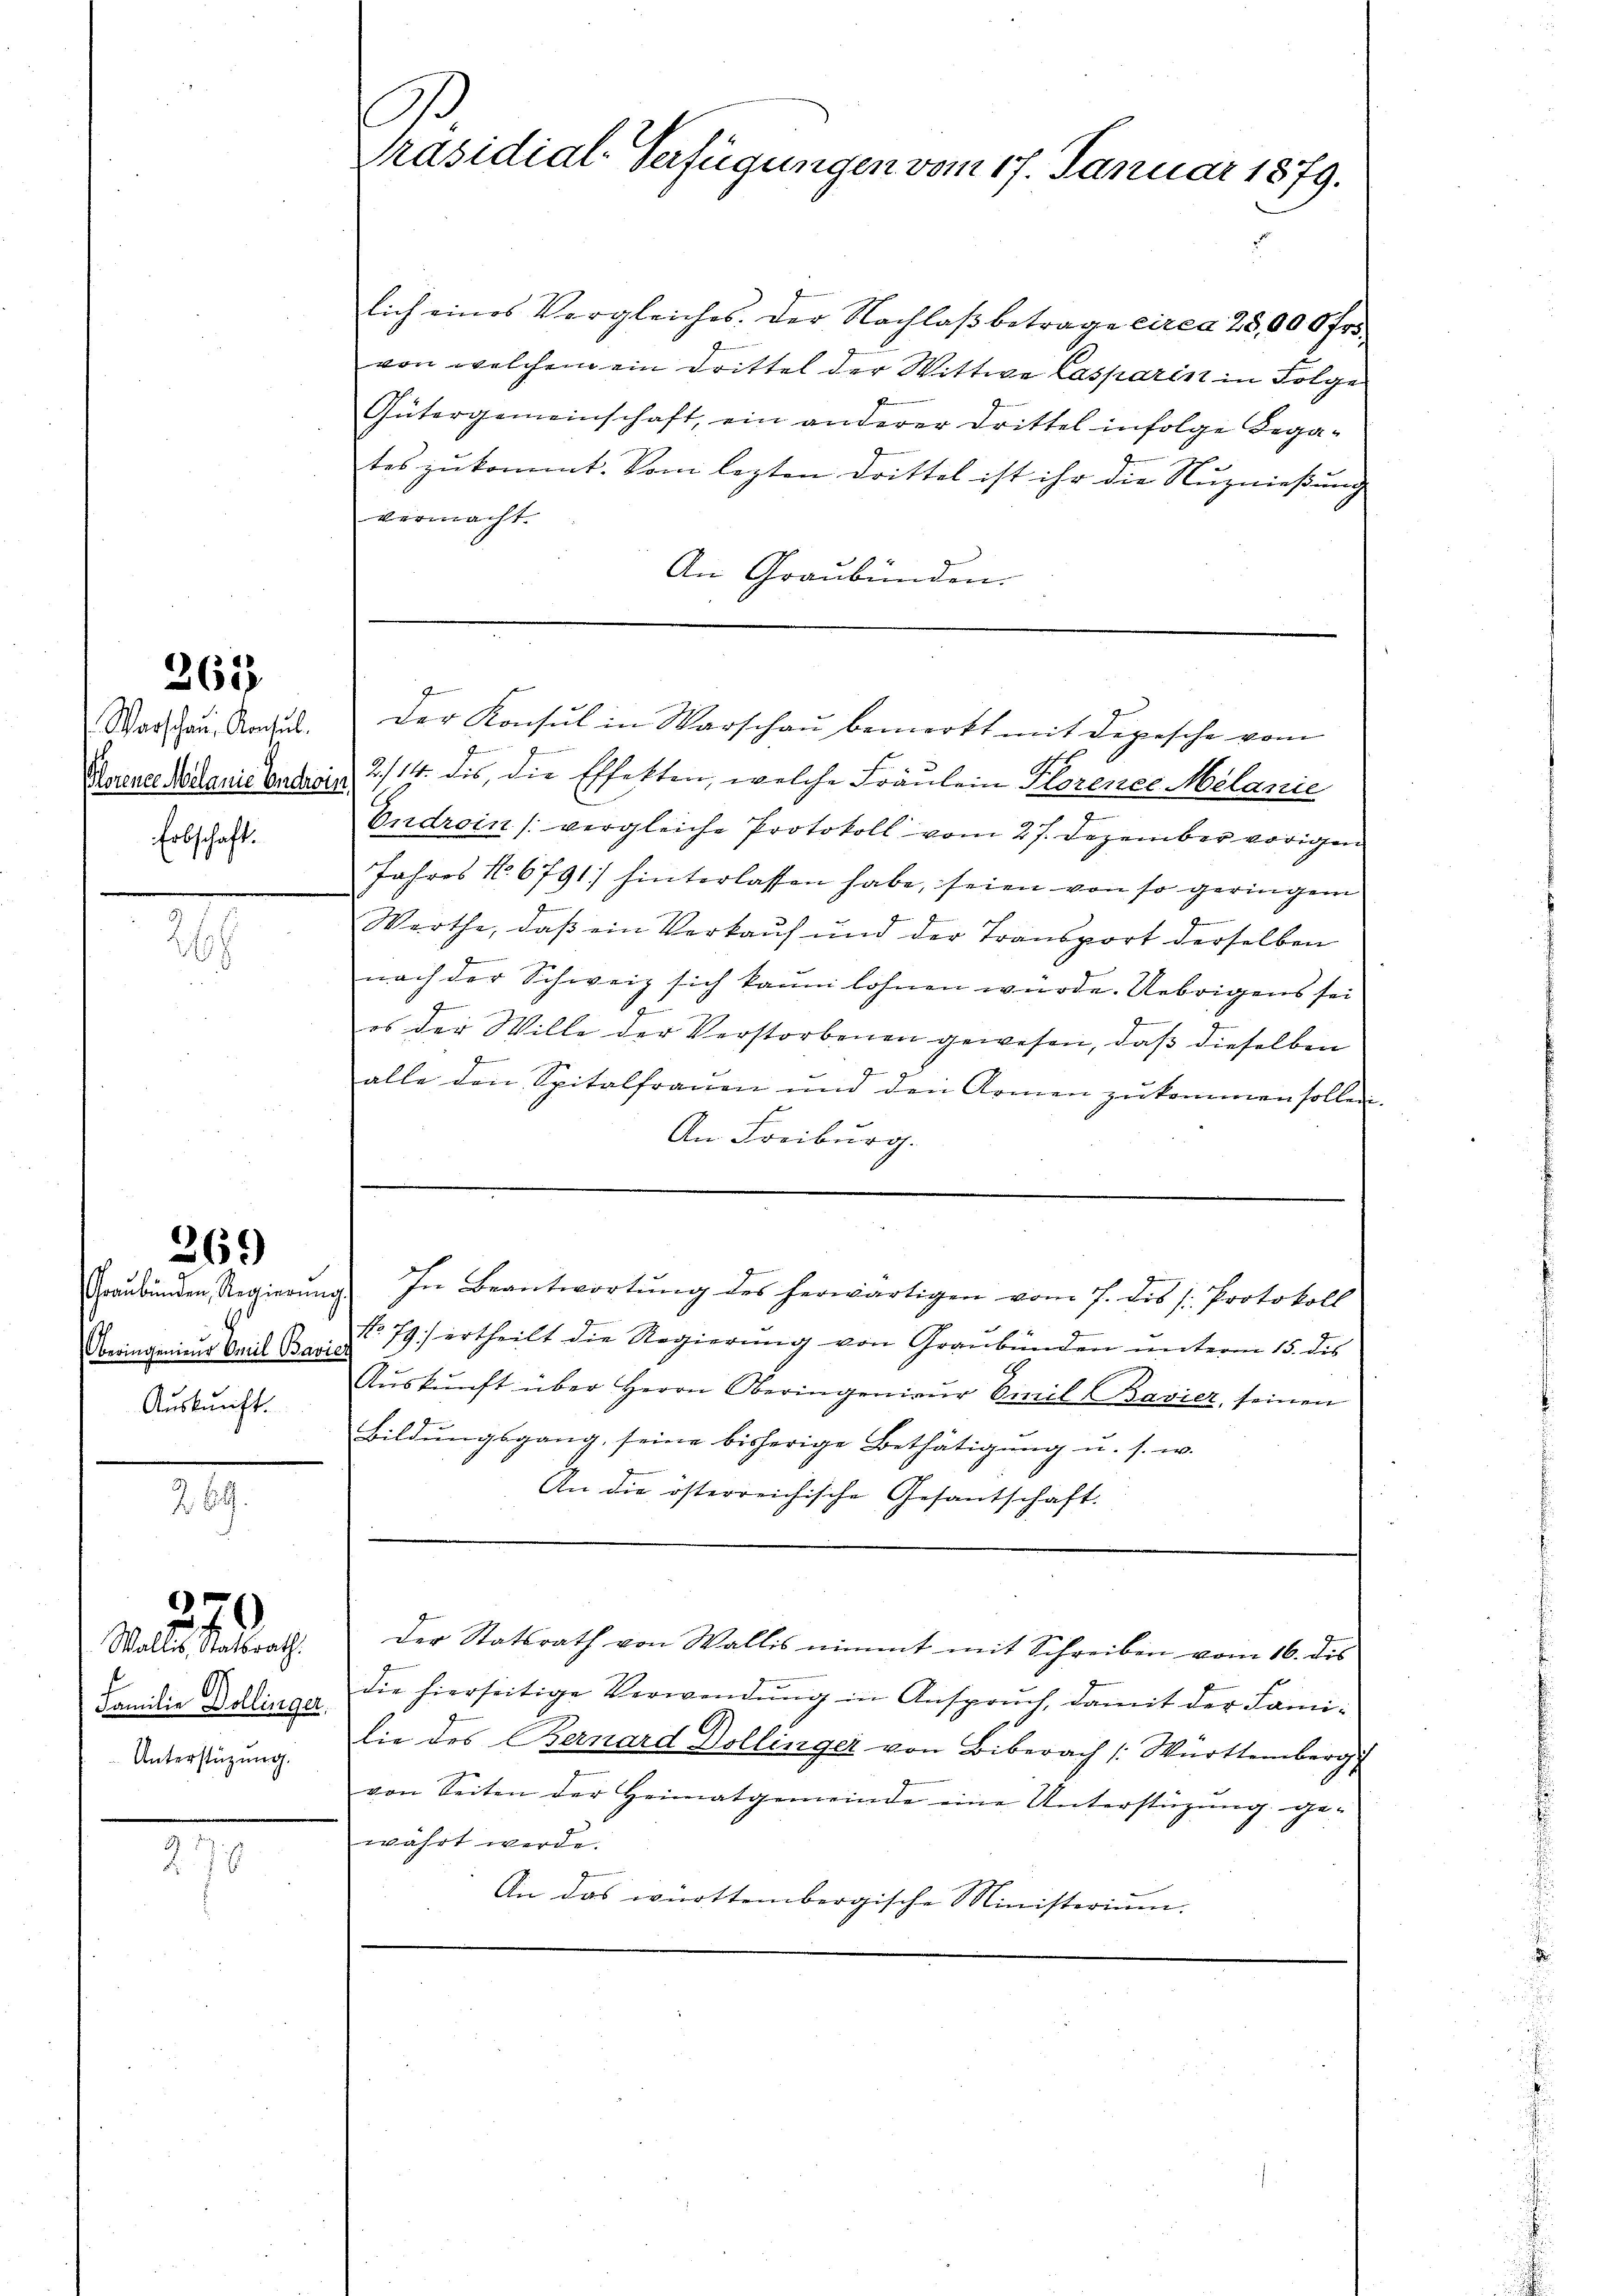
363

Warschau, Konsul
Porene Melanie Androis
Erbschaft.

.

369

Graubünden Regierung
Oberingenieur Omil Bavi
Auskunft.

269.

Walles Stadtrath
Familie Dollinger.
Unterstüzung.

)

278

s
Präsidial-Verfügungen vom 17. Januar 1879.

lich eines Vergleiches. Der Nachlaß betrage circa 25,000 fr.
von welchem ein Drittel der Wittwe Casparist in Folge
Gütergemeinschaft, ein anderer Drittel infolge Legates zukommt. Vom lezten Drittel ist ihr die Nuznießung
vermacht.
An Graubünden.

z

2/14. dis, die Effekten, welche Fräulein Florenes Melanie
7
Endrein (vergleiche Protokoll vom 27. Dezember vorigen
Jahres No 6791) hinterlassen habe, seien von so geringen
e
Werthe, daß ein Verkauf und der Transport derselben
nach der Schweiz sich kaum lohnen wurde. Uebrigens sei
h
es der Wille der Verstorbenen gewesen, daβ dieselben
alle den Spitalfrauen und den Armen zŭkommen sollen
An Freiburg.
No 79) ertheilt die Regierŭng von Graubünden ŭnterm 15. dis
Aŭskŭnft über Herrn Oberingenieur Emil Bavier, seinen
Bildungsgang, seine bisherige Bethätigung u. s. w.
An die österreichische Gesantschaft.
Der Statsrath von Wallis nimmt mit Schreiben vom 16. des
die hierseitige Verwendŭng in Anspruch, damit der Fami-
lie des Bernard Dollinger von Biberach Württemberg
von Seiten der Heimatgemeinde eine Unterstüzung ge-
währt werde.
An das württembergische Ministerium.

der Konsul in Warschau bemerkt mit Depesche vom

In Beantwortŭng des herwärtigen vom 7. des s. Protokoll